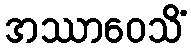
အဿာဝေသိံ